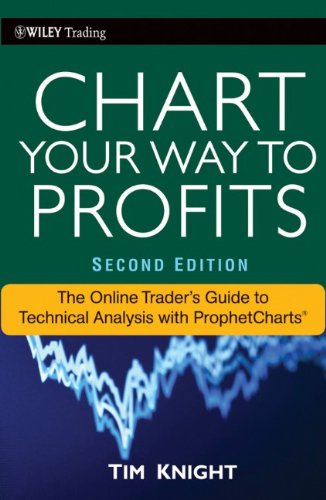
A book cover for Chart Your Way To Profits: The Online Trader's Guide to Technical Analysis with ProphetCharts; Timothy Knight; Business & Money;